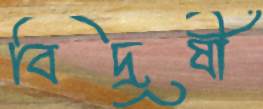
বিদূষী